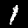
Label: 1